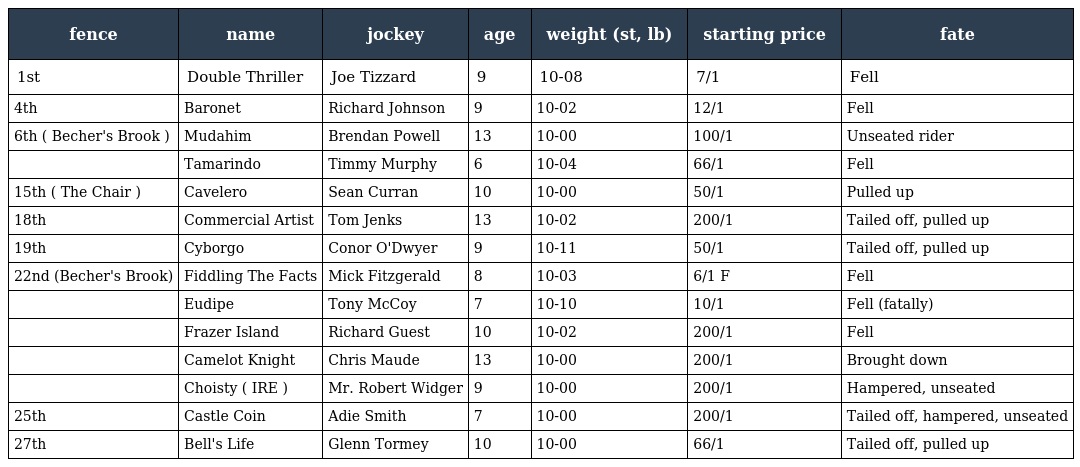
| fence | name | jockey | age | weight (st, lb) | starting price | fate |
 | --- | --- | --- | --- | --- | --- | --- |
 | 1st | Double Thriller | Joe Tizzard | 9 | 10-08 | 7/1 | Fell |
 | 4th | Baronet | Richard Johnson | 9 | 10-02 | 12/1 | Fell |
 | 6th ( Becher's Brook ) | Mudahim | Brendan Powell | 13 | 10-00 | 100/1 | Unseated rider |
 |  | Tamarindo | Timmy Murphy | 6 | 10-04 | 66/1 | Fell |
 | 15th ( The Chair ) | Cavelero | Sean Curran | 10 | 10-00 | 50/1 | Pulled up |
 | 18th | Commercial Artist | Tom Jenks | 13 | 10-02 | 200/1 | Tailed off, pulled up |
 | 19th | Cyborgo | Conor O'Dwyer | 9 | 10-11 | 50/1 | Tailed off, pulled up |
 | 22nd (Becher's Brook) | Fiddling The Facts | Mick Fitzgerald | 8 | 10-03 | 6/1 F | Fell |
 |  | Eudipe | Tony McCoy | 7 | 10-10 | 10/1 | Fell (fatally) |
 |  | Frazer Island | Richard Guest | 10 | 10-02 | 200/1 | Fell |
 |  | Camelot Knight | Chris Maude | 13 | 10-00 | 200/1 | Brought down |
 |  | Choisty ( IRE ) | Mr. Robert Widger | 9 | 10-00 | 200/1 | Hampered, unseated |
 | 25th | Castle Coin | Adie Smith | 7 | 10-00 | 200/1 | Tailed off, hampered, unseated |
 | 27th | Bell's Life | Glenn Tormey | 10 | 10-00 | 66/1 | Tailed off, pulled up |